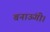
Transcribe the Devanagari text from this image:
बनाऊंगी।